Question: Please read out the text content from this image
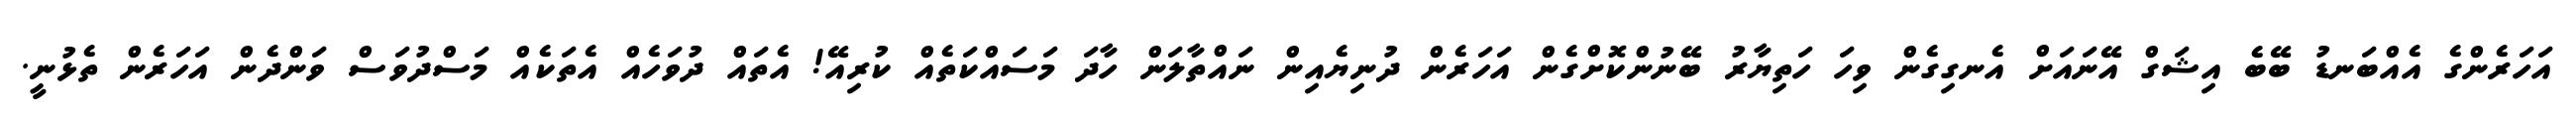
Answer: އަހަރެންގެ އެއްބަނޑު ބޭބެ އިޝަގް އޭނައަށް އެނގިގެން ވިހަ ހަތިޔާރު ބޭނުންކޮށްގެން އަހަރެން ދުނިޔެއިން ނައްތާލަން ހާދަ މަސައްކަތެއް ކުރިއޭ! އެތައް ދުވަހެއް އެތަކެއް މަސްދުވަސް ވަންދެން އަހަރެން ތެޅުނީ.